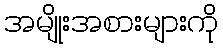
အမျိုးအစားများကို